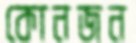
কোনজন